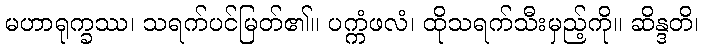
မဟာရုက္ခဿ၊ သရက်ပင်မြတ်၏။ ပက္ကံဖလံ၊ ထိုသရက်သီးမှည့်ကို။ ဆိန္ဒတိ၊